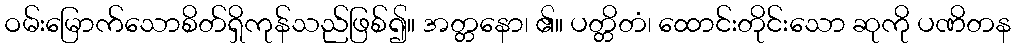
ဝမ်းမြောက်သောစိတ်ရှိကုန်သည်ဖြစ်၍။ အတ္တနော၊ ၏။ ပတ္တိတံ၊ ထောင်းတိုင်းသော ဆုကို ပဏိတန